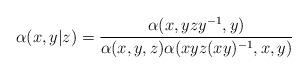
LaTeX: \begin{align*}\alpha(x,y|z) = \frac{\alpha(x,yzy^{-1},y)}{\alpha(x,y,z)\alpha(xyz(xy)^{-1},x,y)}\end{align*}